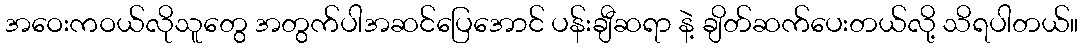
အဝေးကဝယ်လိုသူတွေ အတွက်ပါအဆင်ပြေအောင် ပန်းချီဆရာ နဲ့ ချိတ်ဆက်ပေးတယ်လို့ သိရပါတယ်။